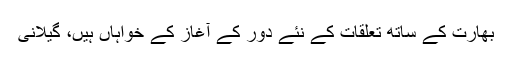
بھارت کے ساتھ تعلقات کے نئے دور کے آغاز کے خواہاں ہیں، گیلانی